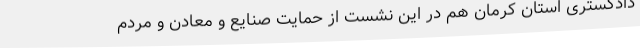
دادگستری استان کرمان هم در این نشست از حمایت صنایع و معادن و مردم